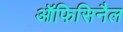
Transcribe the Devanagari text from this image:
ऑफिसिनैल